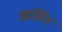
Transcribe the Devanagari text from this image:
आर्चिन